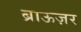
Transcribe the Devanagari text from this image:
ब्राऊज़र